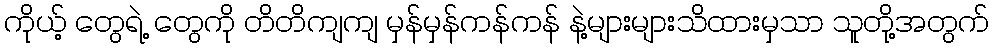
ကိုယ့် တွေရဲ့ တွေကို တိတိကျကျ မှန်မှန်ကန်ကန် နဲ့များများသိထားမှသာ သူတို့အတွက်